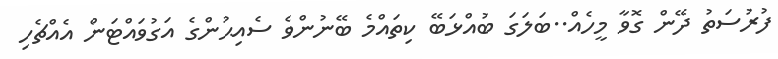
ފުރުސަތު ދޭން ގޮވާ މީހެއް..ބަލަގަ ބުއްޅަބޭ ކިތައްމެ ބޭނުންވެ ސެއިޙުންގެ އަގުވައްޓަން އެއްޗެހި